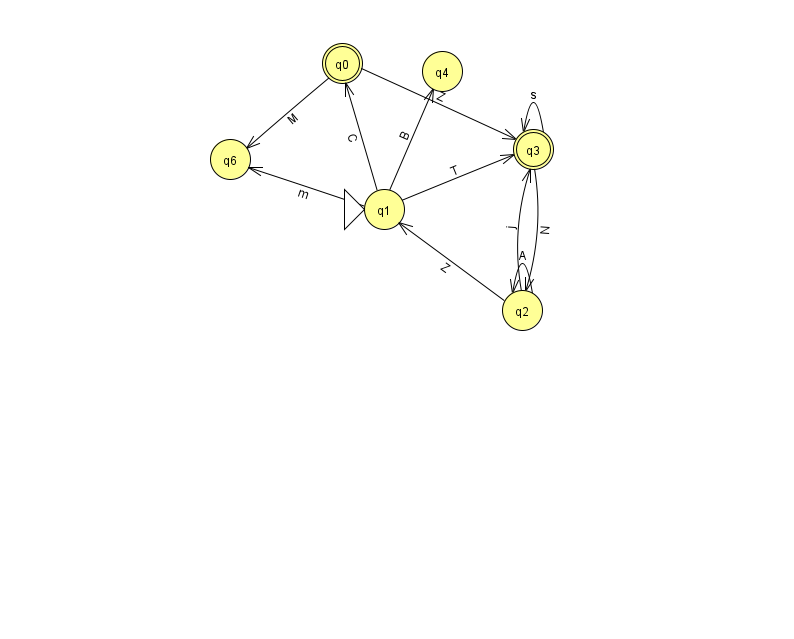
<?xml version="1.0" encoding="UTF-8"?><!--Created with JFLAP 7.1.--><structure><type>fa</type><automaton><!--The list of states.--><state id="0" name="q0"><x>342.0</x><y>50.0</y><final/></state><state id="1" name="q1"><x>384.0</x><y>196.0</y><initial/></state><state id="2" name="q2"><x>522.0</x><y>297.0</y></state><state id="3" name="q3"><x>533.0</x><y>136.0</y><final/></state><state id="4" name="q4"><x>442.0</x><y>58.0</y></state><state id="6" name="q6"><x>230.0</x><y>146.0</y></state><!--The list of transitions.--><transition><from>2</from><to>2</to><read>A</read></transition><transition><from>2</from><to>3</to><read>j</read></transition><transition><from>3</from><to>3</to><read>s</read></transition><transition><from>1</from><to>6</to><read>m</read></transition><transition><from>3</from><to>2</to><read>N</read></transition><transition><from>1</from><to>4</to><read>B</read></transition><transition><from>1</from><to>0</to><read>C</read></transition><transition><from>0</from><to>3</to><read>Z</read></transition><transition><from>2</from><to>1</to><read>Z</read></transition><transition><from>0</from><to>6</to><read>M</read></transition><transition><from>1</from><to>3</to><read>T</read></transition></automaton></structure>